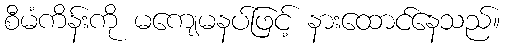
စီမံကိန်းကို မကျေမနပ်ဖြင့် နားထောင်နေသည်။